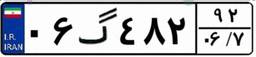
۰۶گ۴۸۲۹۲